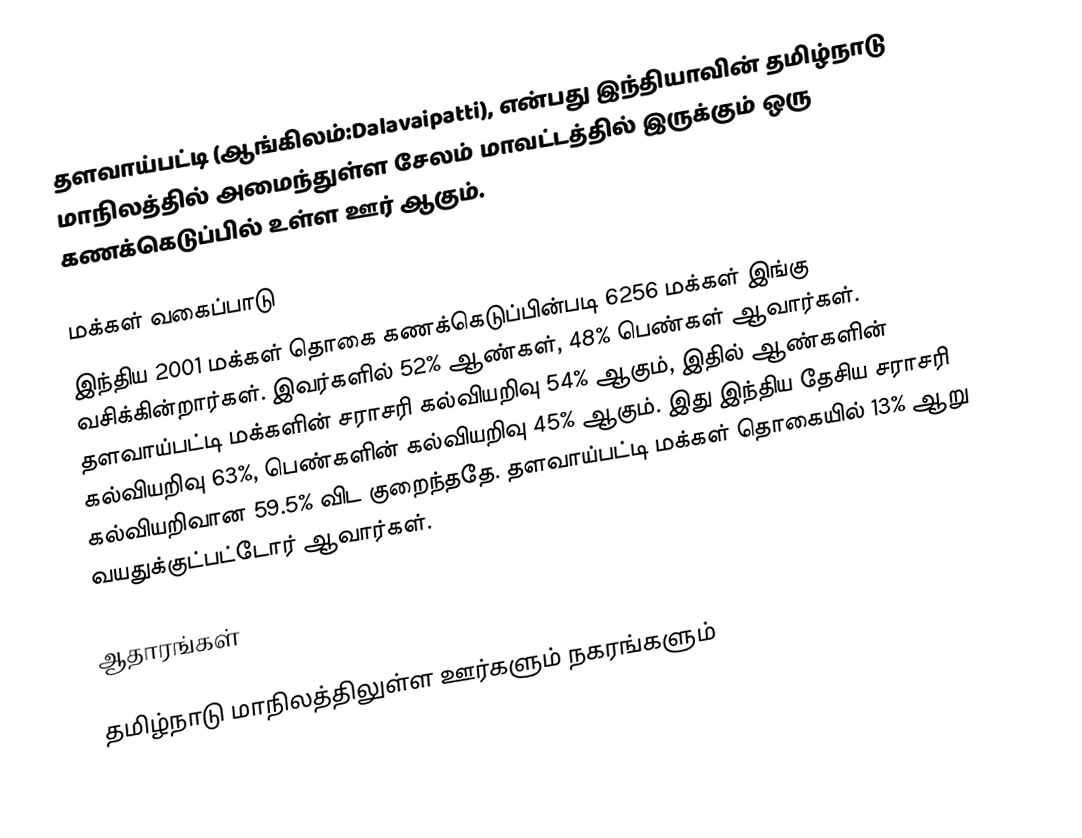
தளவாய்பட்டி (ஆங்கிலம்:Dalavaipatti), என்பது இந்தியாவின் தமிழ்நாடு மாநிலத்தில் அமைந்துள்ள சேலம் மாவட்டத்தில் இருக்கும் ஒரு கணக்கெடுப்பில் உள்ள ஊர்  ஆகும்.

மக்கள் வகைப்பாடு
இந்திய 2001 மக்கள் தொகை கணக்கெடுப்பின்படி 6256 மக்கள் இங்கு வசிக்கின்றார்கள். இவர்களில் 52% ஆண்கள், 48% பெண்கள் ஆவார்கள். தளவாய்பட்டி மக்களின் சராசரி கல்வியறிவு 54% ஆகும்,  இதில் ஆண்களின் கல்வியறிவு 63%,  பெண்களின் கல்வியறிவு 45% ஆகும். இது இந்திய தேசிய சராசரி கல்வியறிவான 59.5% விட குறைந்ததே. தளவாய்பட்டி மக்கள் தொகையில் 13%  ஆறு வயதுக்குட்பட்டோர் ஆவார்கள்.

ஆதாரங்கள்

தமிழ்நாடு மாநிலத்திலுள்ள ஊர்களும் நகரங்களும்